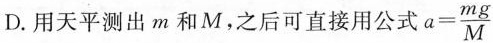
D.用天平测出m和M，之后可直接用公式$$a= \frac{mg}{M}$$